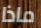
ماذا